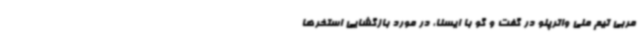
مربی تیم ملی واترپلو در گفت و گو با ایسنا، در مورد بازگشایی استخرها